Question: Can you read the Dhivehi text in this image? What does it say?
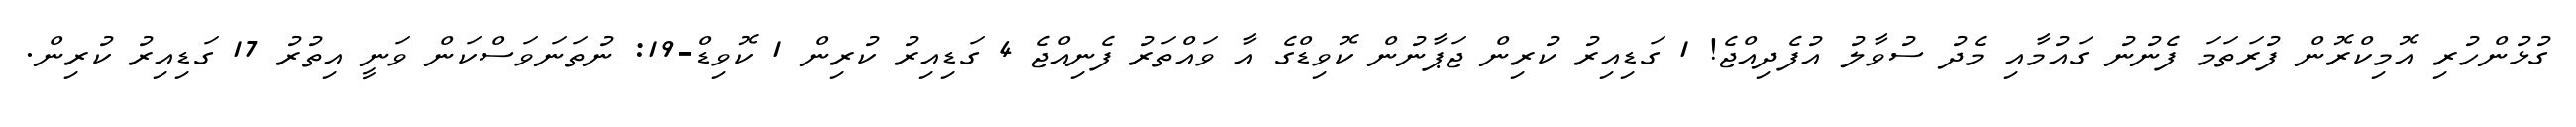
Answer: ގުޅުންހުރި އޮމިކްރޮން ފުރަތަމަ ފެނުނު ގައުމާއި މެދު ސުވާލު އުފެދިއްޖެ! 1 ގަޑިއިރު ކުރިން ޖަޕާނުން ކޮވިޑްގެ އާ ވައްތަރު ފެނިއްޖެ 4 ގަޑިއިރު ކުރިން 1 ކޮވިޑް-19: ނުތަނަވަސްކަން ވަނީ އިތުރު 17 ގަޑިއިރު ކުރިން.